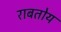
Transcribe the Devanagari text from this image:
राबतोय